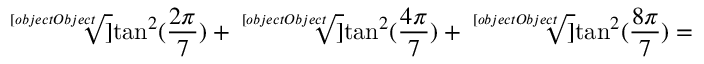
{ \sqrt [ [object Object] ] { \tan ^ { 2 } ( { \frac { 2 \pi } { 7 } } ) } } + { \sqrt [ [object Object] ] { \tan ^ { 2 } ( { \frac { 4 \pi } { 7 } } ) } } + { \sqrt [ [object Object] ] { \tan ^ { 2 } ( { \frac { 8 \pi } { 7 } } ) } } =